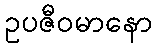
ဥပဇီဝမာနော